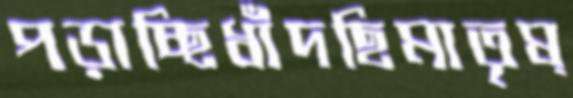
পড়াচ্ছিধাঁদছিমাতৃষ্